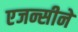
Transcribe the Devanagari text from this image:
एजन्सीने